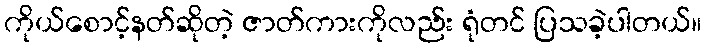
ကိုယ်စောင့်နတ်ဆိုတဲ့ ဇာတ်ကားကိုလည်း ရုံတင် ပြသခဲ့ပါတယ်။